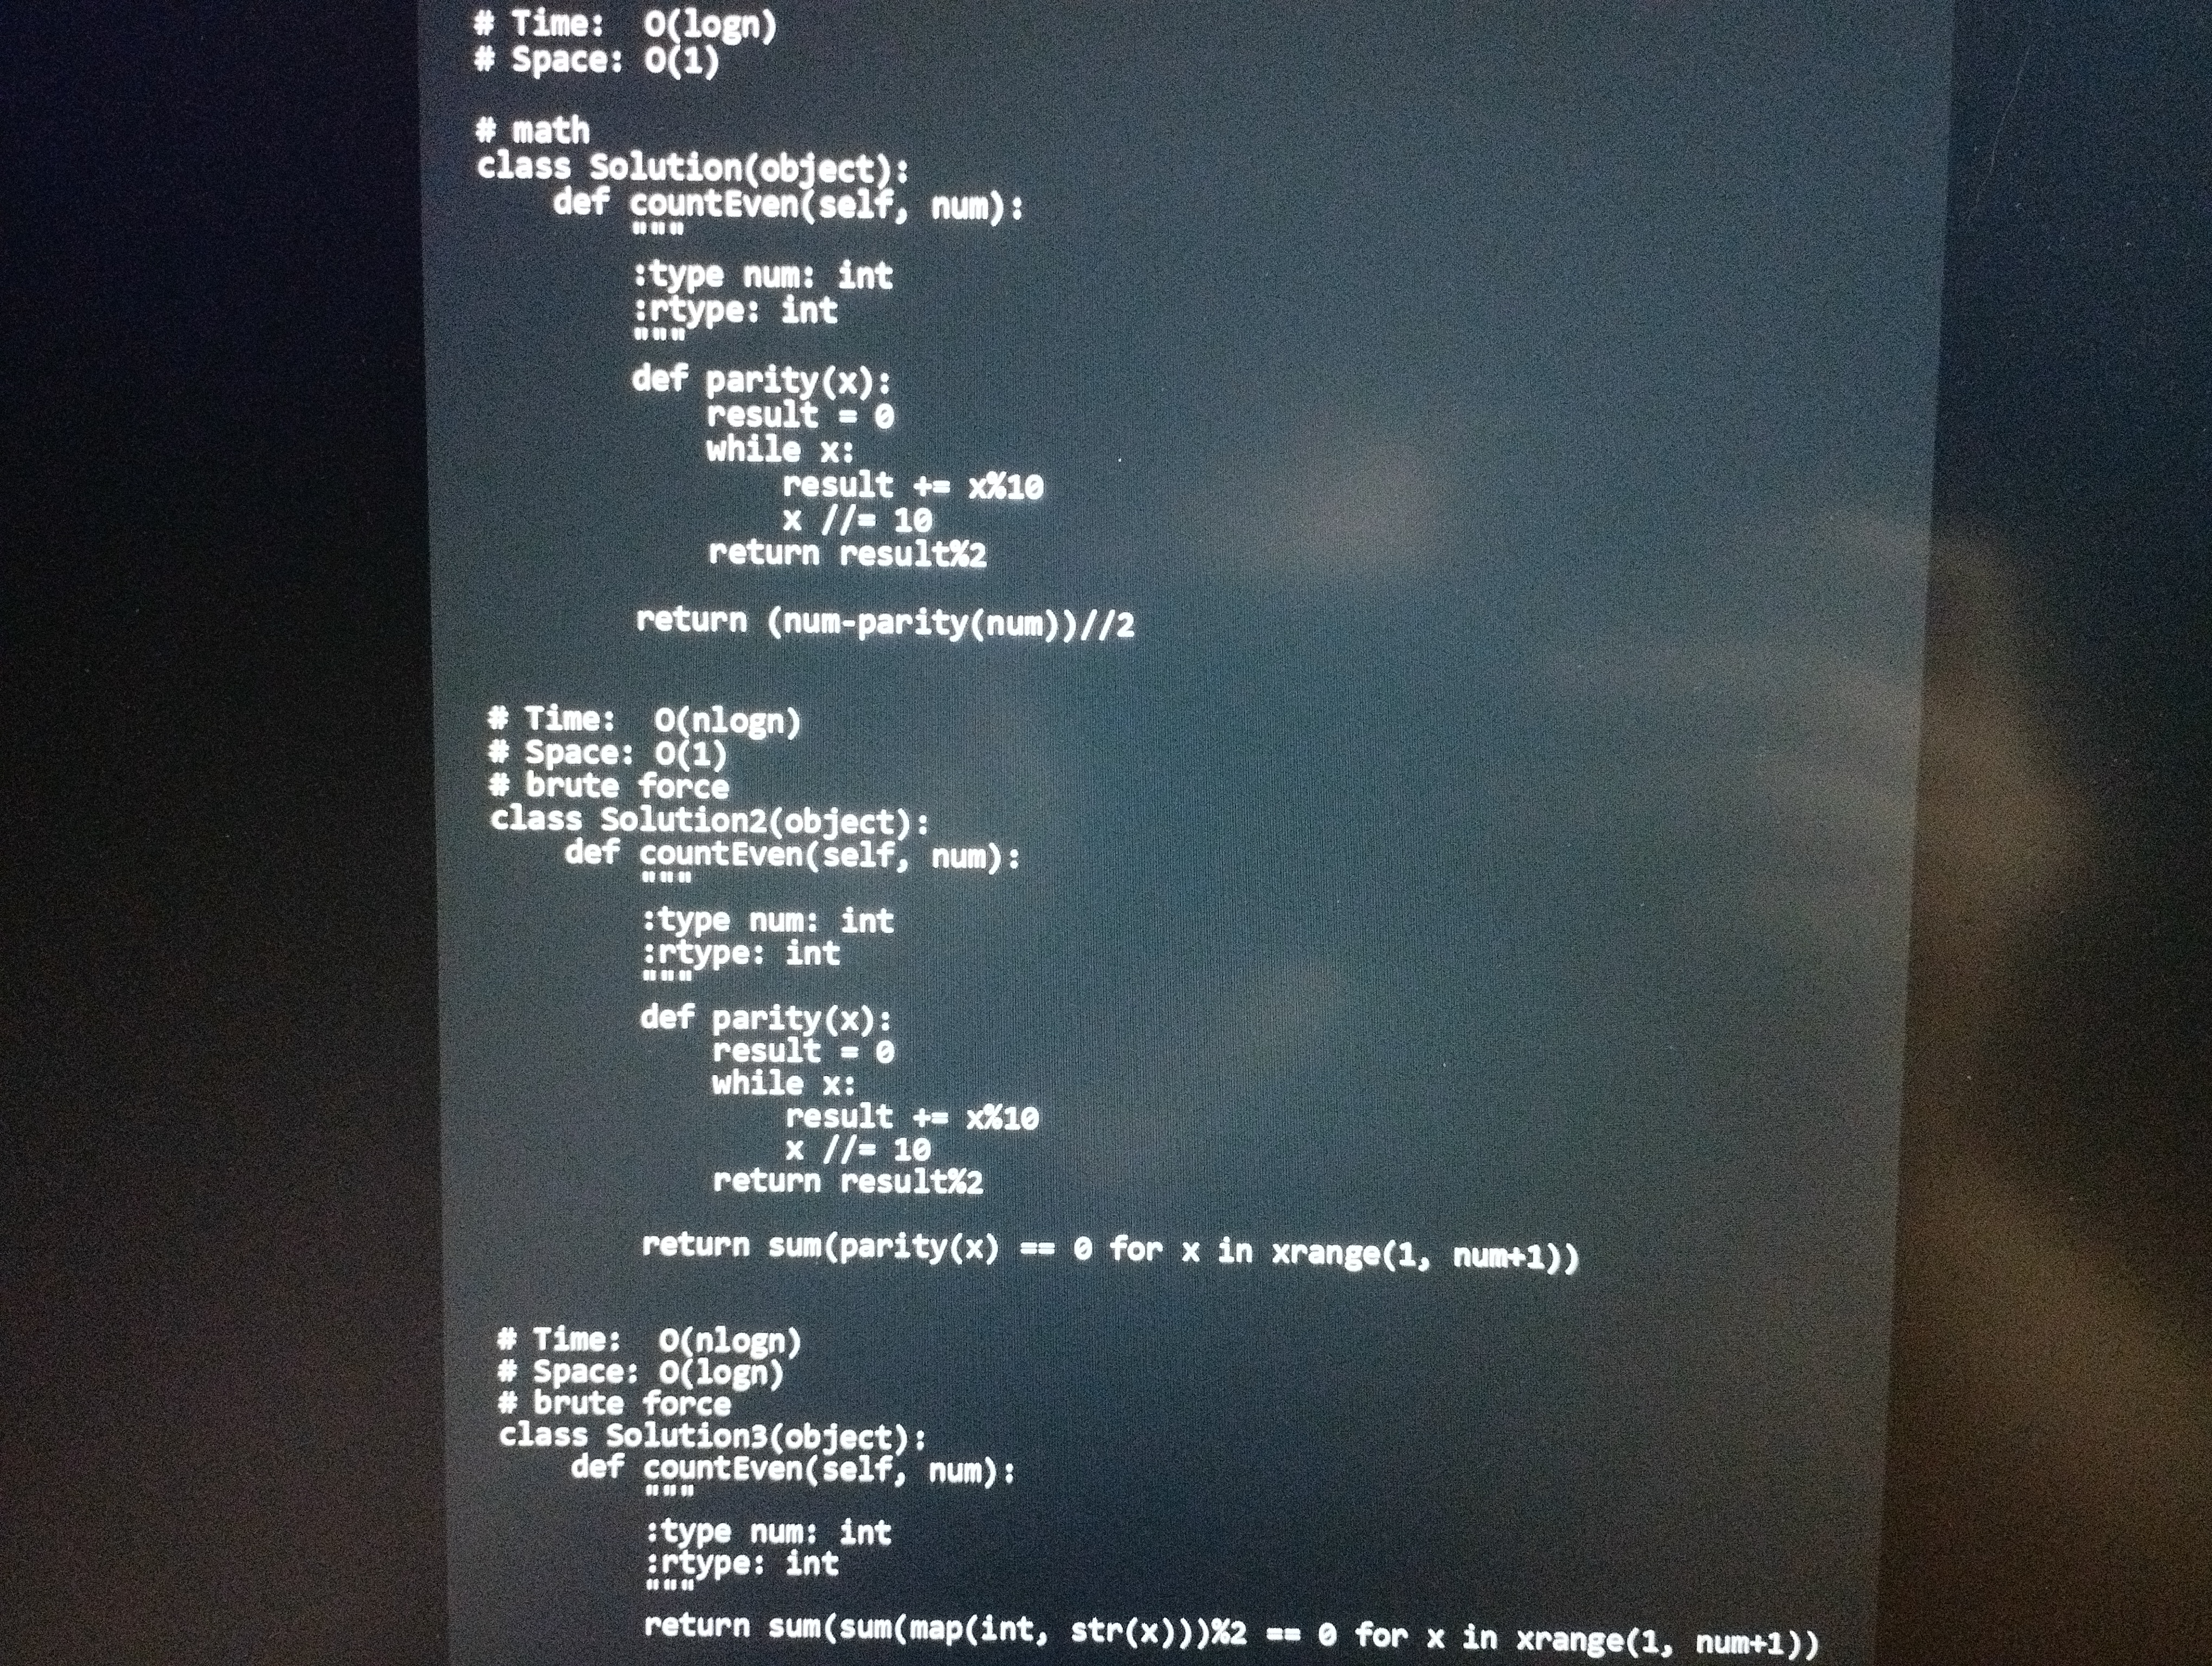
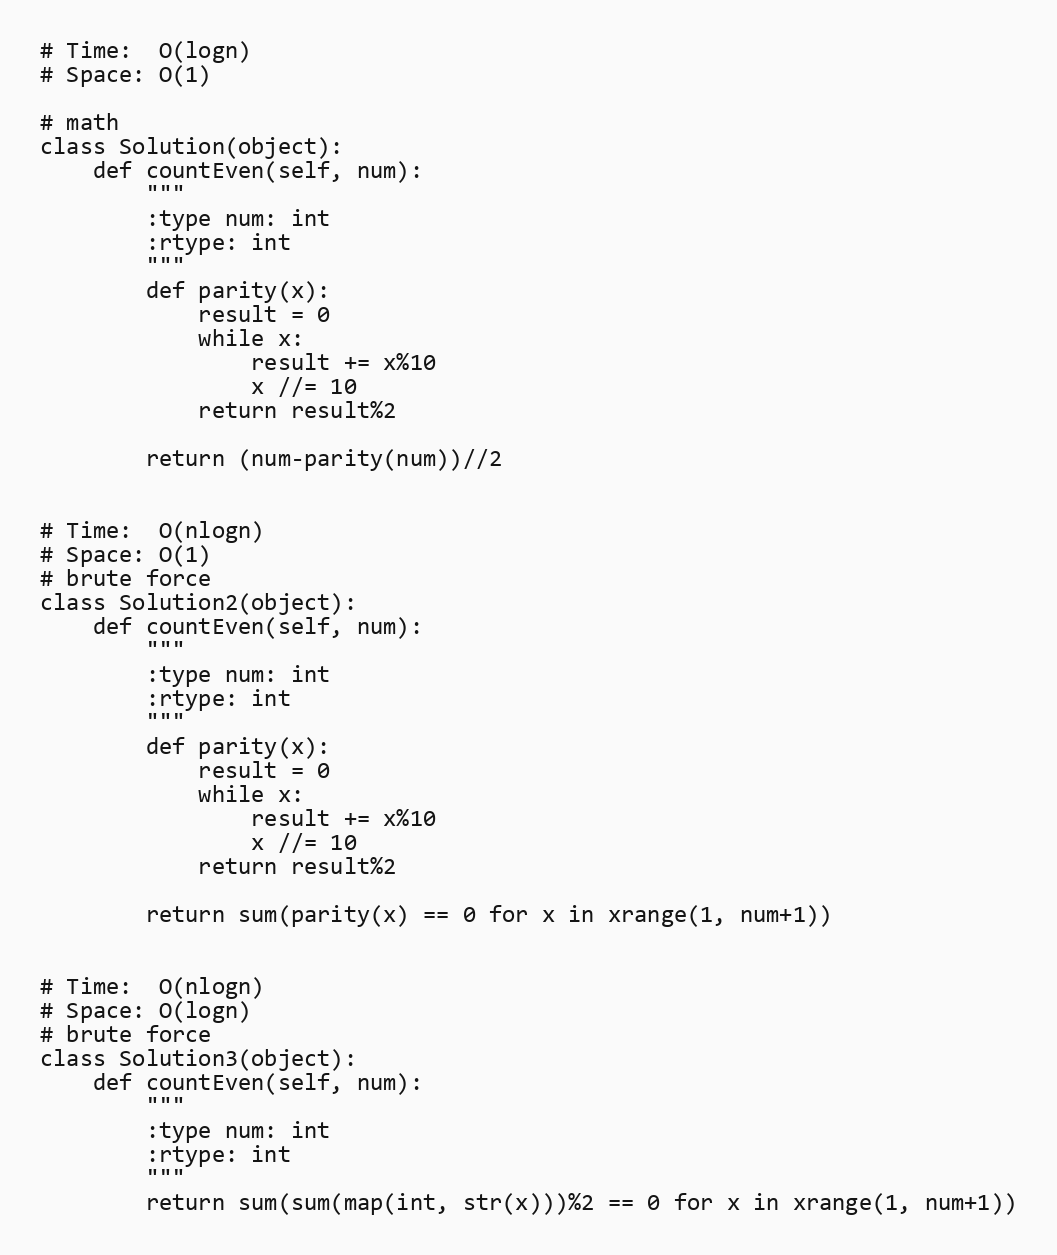
# Time:  O(logn)
# Space: O(1)

# math
class Solution(object):
    def countEven(self, num):
        """
        :type num: int
        :rtype: int
        """
        def parity(x):
            result = 0
            while x:
                result += x%10
                x //= 10
            return result%2

        return (num-parity(num))//2

# Time:  O(nlogn)
# Space: O(1)
# brute force
class Solution2(object):
    def countEven(self, num):
        """
        :type num: int
        :rtype: int
        """
        def parity(x):
            result = 0
            while x:
                result += x%10
                x //= 10
            return result%2

        return sum(parity(x) == 0 for x in xrange(1, num+1))

# Time:  O(nlogn)
# Space: O(logn)
# brute force
class Solution3(object):
    def countEven(self, num):
        """
        :type num: int
        :rtype: int
        """
        return sum(sum(map(int, str(x)))%2 == 0 for x in xrange(1, num+1))